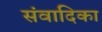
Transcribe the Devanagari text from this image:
संवादिका